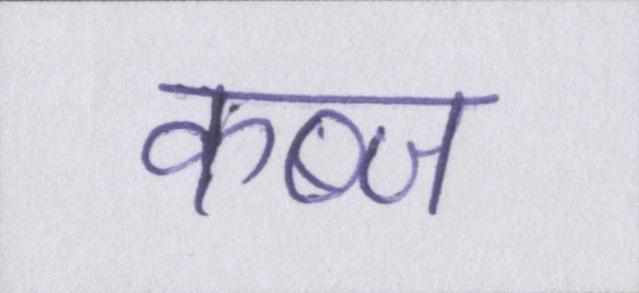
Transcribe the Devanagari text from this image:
कब्ज